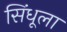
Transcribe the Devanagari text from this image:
सिंधूला